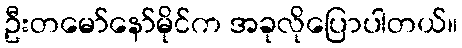
ဦးတမော်နော်မိုင်က အခုလိုပြောပါတယ်။